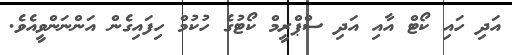
އަދި ހައި ކޯޓް އާއި އަދި ސްޕްރީމް ކޯޓުގެ ހުކުމް ހިފައިގެން އަންނަންވީއެވެ.